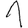
Digit: 1